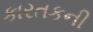
કારતકની